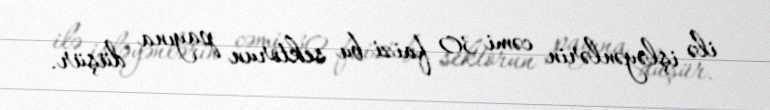
ilə işləyənlərin cəmi 30 faizi bu sektorun payına düşür.